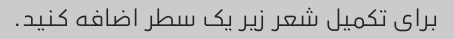
برای تکمیل شعر زیر یک سطر اضافه کنید.